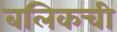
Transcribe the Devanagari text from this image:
बलिकची